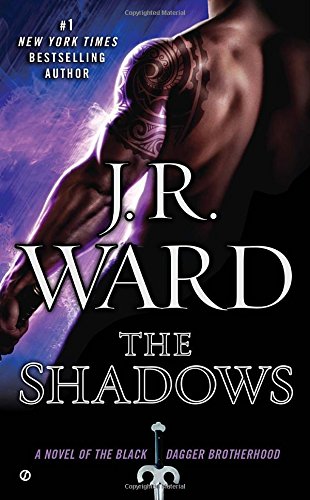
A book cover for The Shadows: A Novel of the Black Dagger Brotherhood; J.R. Ward; Romance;